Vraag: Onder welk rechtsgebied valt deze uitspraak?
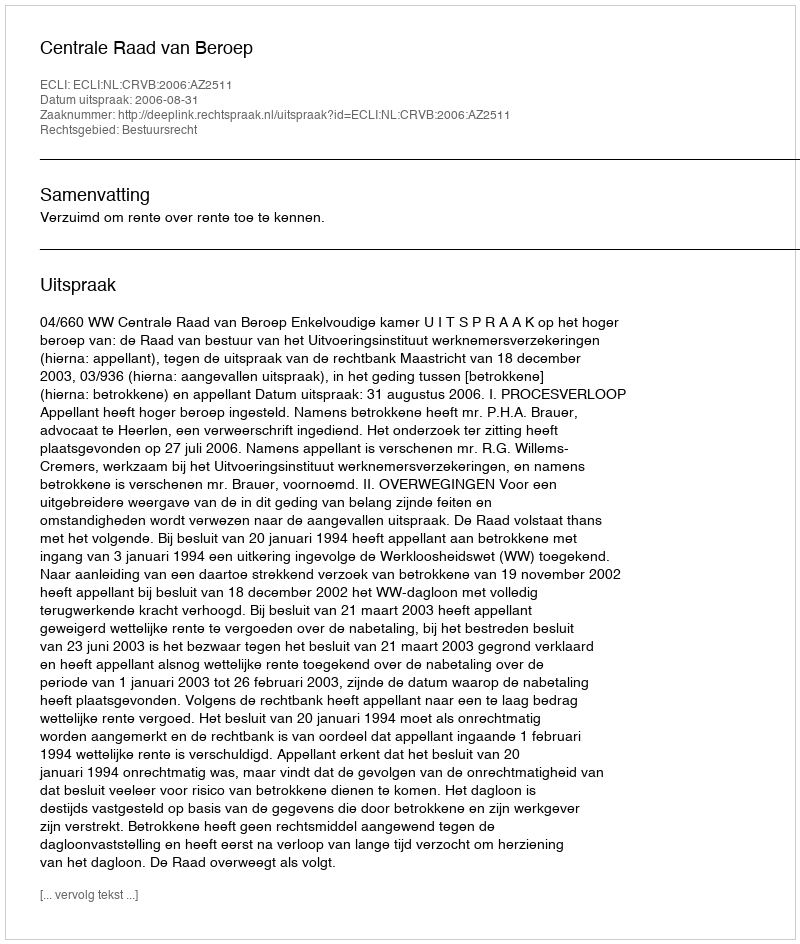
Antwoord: Bestuursrecht